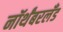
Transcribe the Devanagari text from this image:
नॉर्थंबरलँड